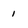
Character: i